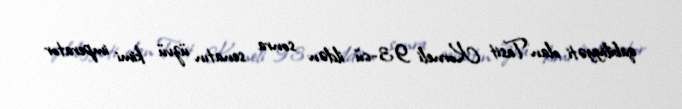
qabiliyyəti olan Tasit Korneli 93-cü ildən sonra senatın üzvü kimi imperator